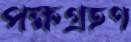
পক্ষগ্রহণ